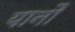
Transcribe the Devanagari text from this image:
यानौं